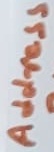
Text: Address